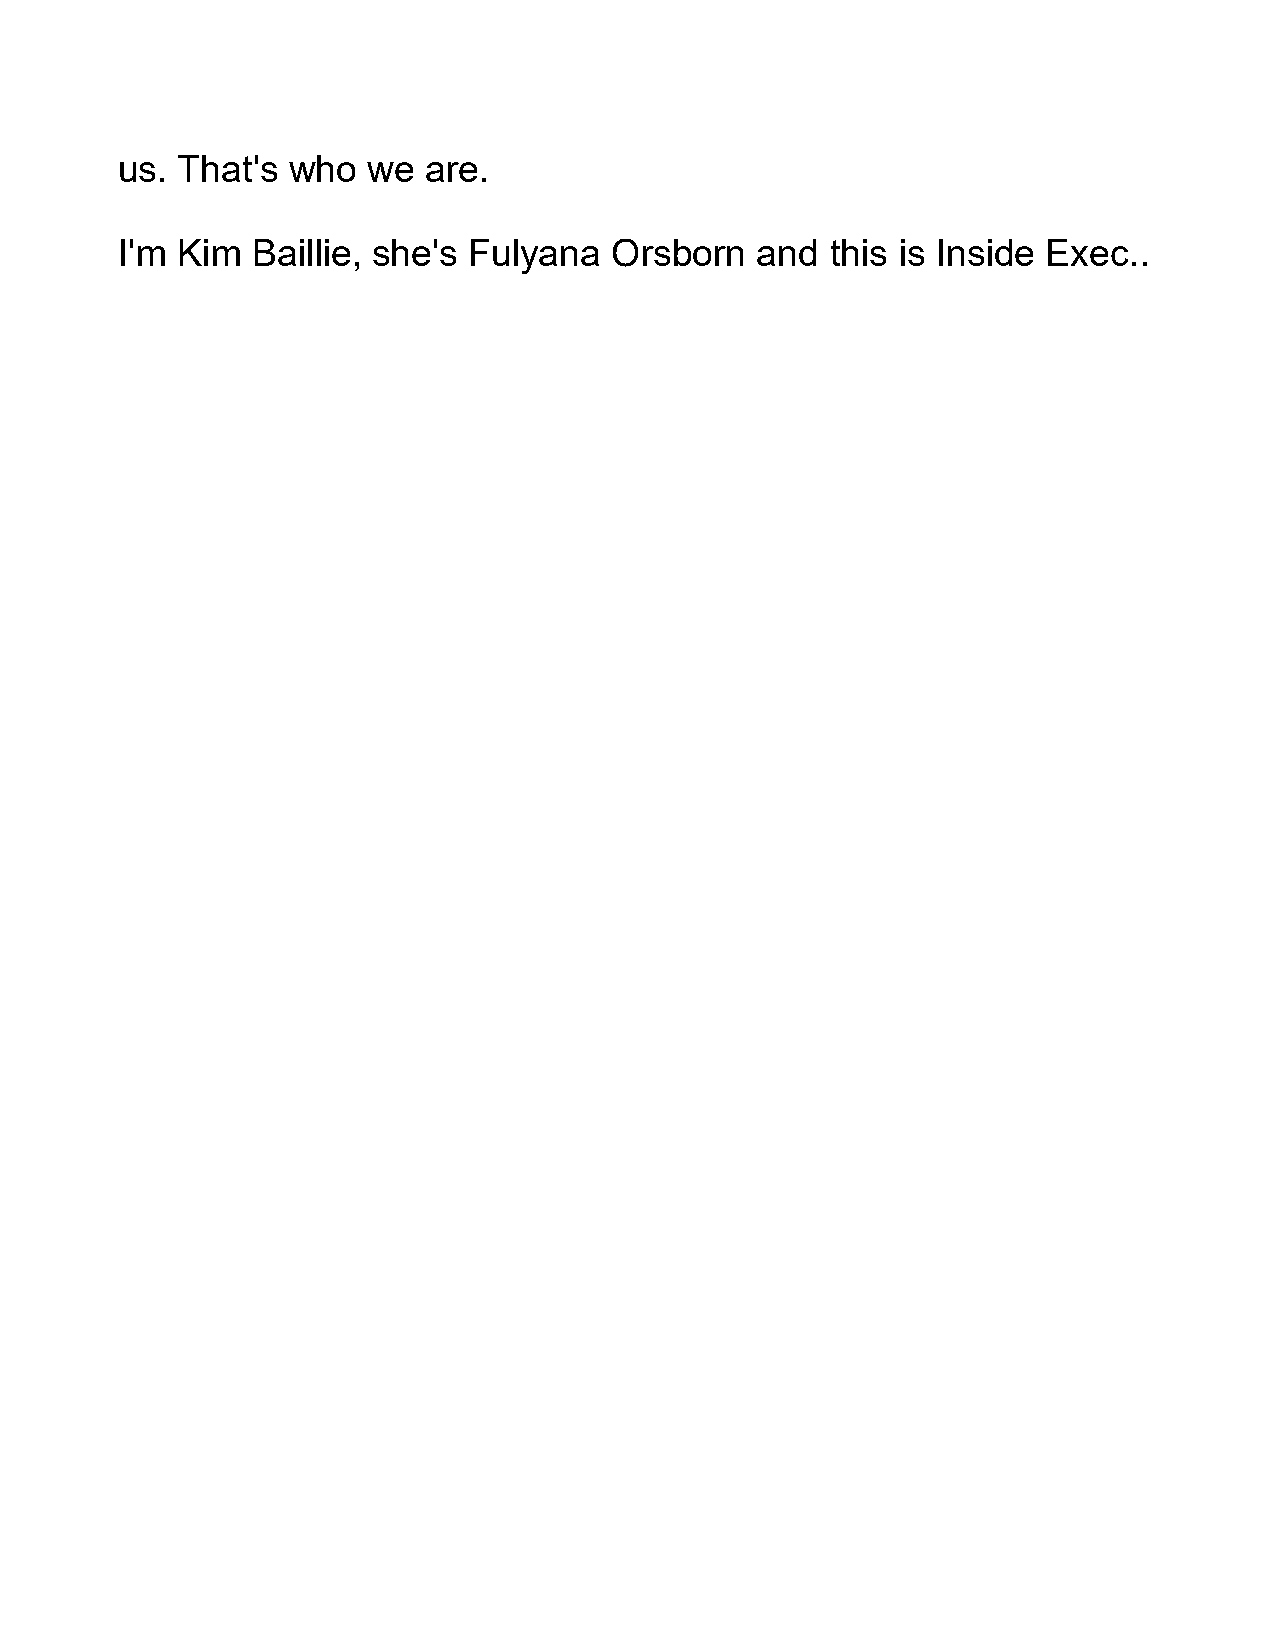
us. That's who  we  are.
 I'm Kim  Baillie, she's Fulyana  Orsborn  and  this is Inside Exec..